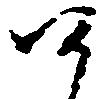
候